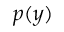
p ( y )